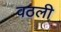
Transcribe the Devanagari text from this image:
वठली